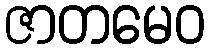
ဇာတမေဝ